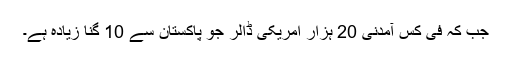
جب کہ فی کس آمدنی 20 ہزار امریکی ڈالر جو پاکستان سے 10 گنا زیادہ ہے۔